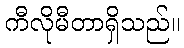
ကီလိုမီတာရှိသည်။